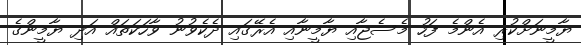
ޔާމީނަށްކުރި އެންމެ ފަހު މެސެޖާއި ޔާމީނާއި އެރޭގައި ދެކެވުނު ވާހަކަތައް އަދި ޔާމީންގެ